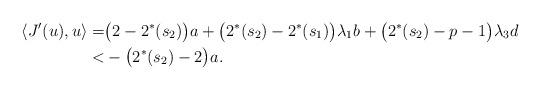
LaTeX: \begin{align*}\langle J'(u), u\rangle=&\big(2-2^*(s_2)\big)a+\big(2^*(s_2)-2^*(s_1)\big)\lambda_1b+\big(2^*(s_2)-p-1\big)\lambda_3d\\<&-\big(2^*(s_2)-2\big)a.\end{align*}